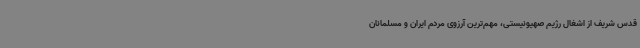
قدس شریف از اشغال رژیم صهیونیستی، مهم‌ترین آرزوی مردم ایران و مسلمانان